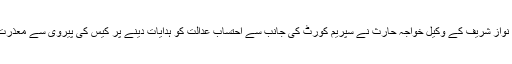
اس سے قبل نواز شریف کے وکیل خواجہ حارث نے سپریم کورٹ کی جانب سے احتساب عدالت کو ہدایات دینے پر کیس کی پیروی سے معذرت کرلی تھی۔